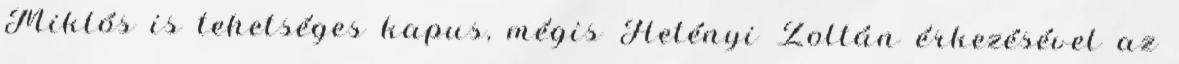
Miklós is tehetséges kapus, mégis Hetényi Zoltán érkezésével az